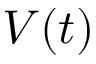
V ( t )